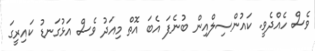
ވެސް ހެއްދެވީ. ކައުންސިލްއިން ބުނެފަ އެބަ އޮތް މިއަދު ވެސް އަޅުގަނޑު ކައިރީގަ